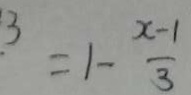
\frac { 2 x + 3 } { 2 } = 1 - \frac { x - 1 } { 3 }